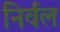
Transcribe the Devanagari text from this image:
निर्वल